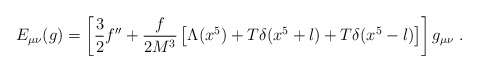
\begin{align*}E_{\mu\nu}(g)=\left[ \frac{3}{2}f^{\prime\prime}+\frac{f}{2M^3} \left[ \Lambda(x^5)+T\delta(x^5+l)+T\delta(x^5-l) \right] \right] g_{\mu\nu} \; . \end{align*}